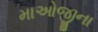
માઓજીના